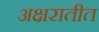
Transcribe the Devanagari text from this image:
अक्षरातीत